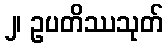
၂၊ ဥပတိဿသုတ်